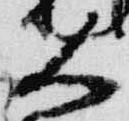
大